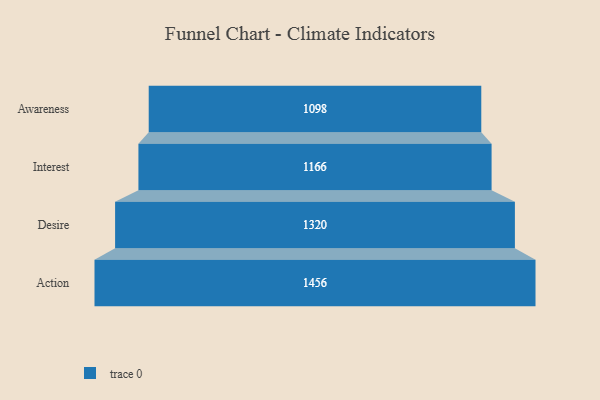
{"axis": {"x": "Stage", "y": "Value"}, "legend": [""], "data": [{"x": "Awareness", "y": 1098.0, "type": ""}, {"x": "Interest", "y": 1166.0, "type": ""}, {"x": "Desire", "y": 1320.0, "type": ""}, {"x": "Action", "y": 1456.0, "type": ""}]}